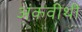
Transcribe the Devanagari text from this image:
अंकवीथी